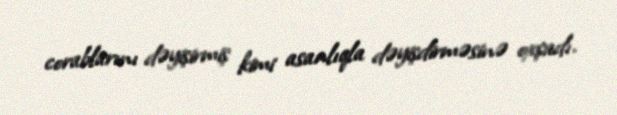
corablarını dəyişirmiş kimi asanlıqla dəyişdirməsinə oxşadı.